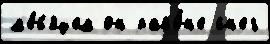
м'е́с'яцем он райо́н'е сн'ег